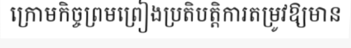
ក្រោមកិច្ចព្រមព្រៀងប្រតិបត្តិការតម្រូវឱ្យមាន